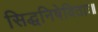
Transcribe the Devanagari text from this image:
सिद्धनिषेविताः॥